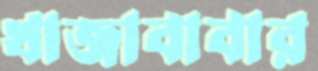
খাজাবাবার